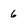
Character: 6